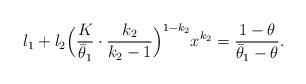
LaTeX: \begin{align*}l_1+l_2\Big(\frac{K}{\bar{\theta}_1}\cdot\frac{k_2}{k_2-1}\Big)^{1-k_2}x^{k_2}=\frac{1-\theta}{\bar{\theta}_1-\theta}.\end{align*}